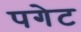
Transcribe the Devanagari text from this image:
पगेट